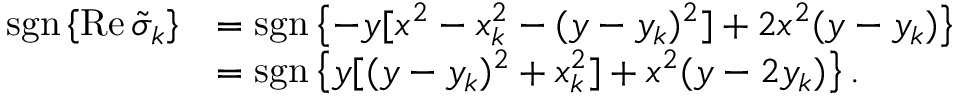
\begin{array} { r l } { \operatorname { s g n } \left\{ \operatorname { R e } \tilde { \sigma } _ { k } \right\} } & { = \operatorname { s g n } \left\{ - y [ x ^ { 2 } - x _ { k } ^ { 2 } - ( y - y _ { k } ) ^ { 2 } ] + 2 x ^ { 2 } ( y - y _ { k } ) \right\} } \\ & { = \operatorname { s g n } \left\{ y [ ( y - y _ { k } ) ^ { 2 } + x _ { k } ^ { 2 } ] + x ^ { 2 } ( y - 2 y _ { k } ) \right\} . } \end{array}